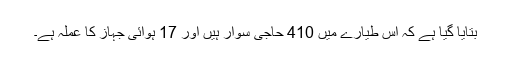
بتایا گیا ہے کہ اس طیارے میں 410 حاجی سوار ہیں اور 17 ہوائی جہاز کا عملہ ہے۔